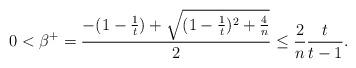
LaTeX: \begin{align*}0 < \beta^+ = \frac{-(1-\frac{1}{t}) + \sqrt{(1-\frac{1}{t})^2 + \frac{4}{n}}}{2} \leq \frac{2}{n} \frac{t}{t-1}.\end{align*}